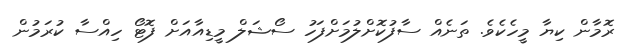
ރޮމާން ކިޔާ މީހެކެވެ. ތަނެއް ސާފުކޮށްލުމަށްފަހު ސޯޝަލް މީޑިއާއަށް ފޮޓޯ ހިއްސާ ކުރަމުން